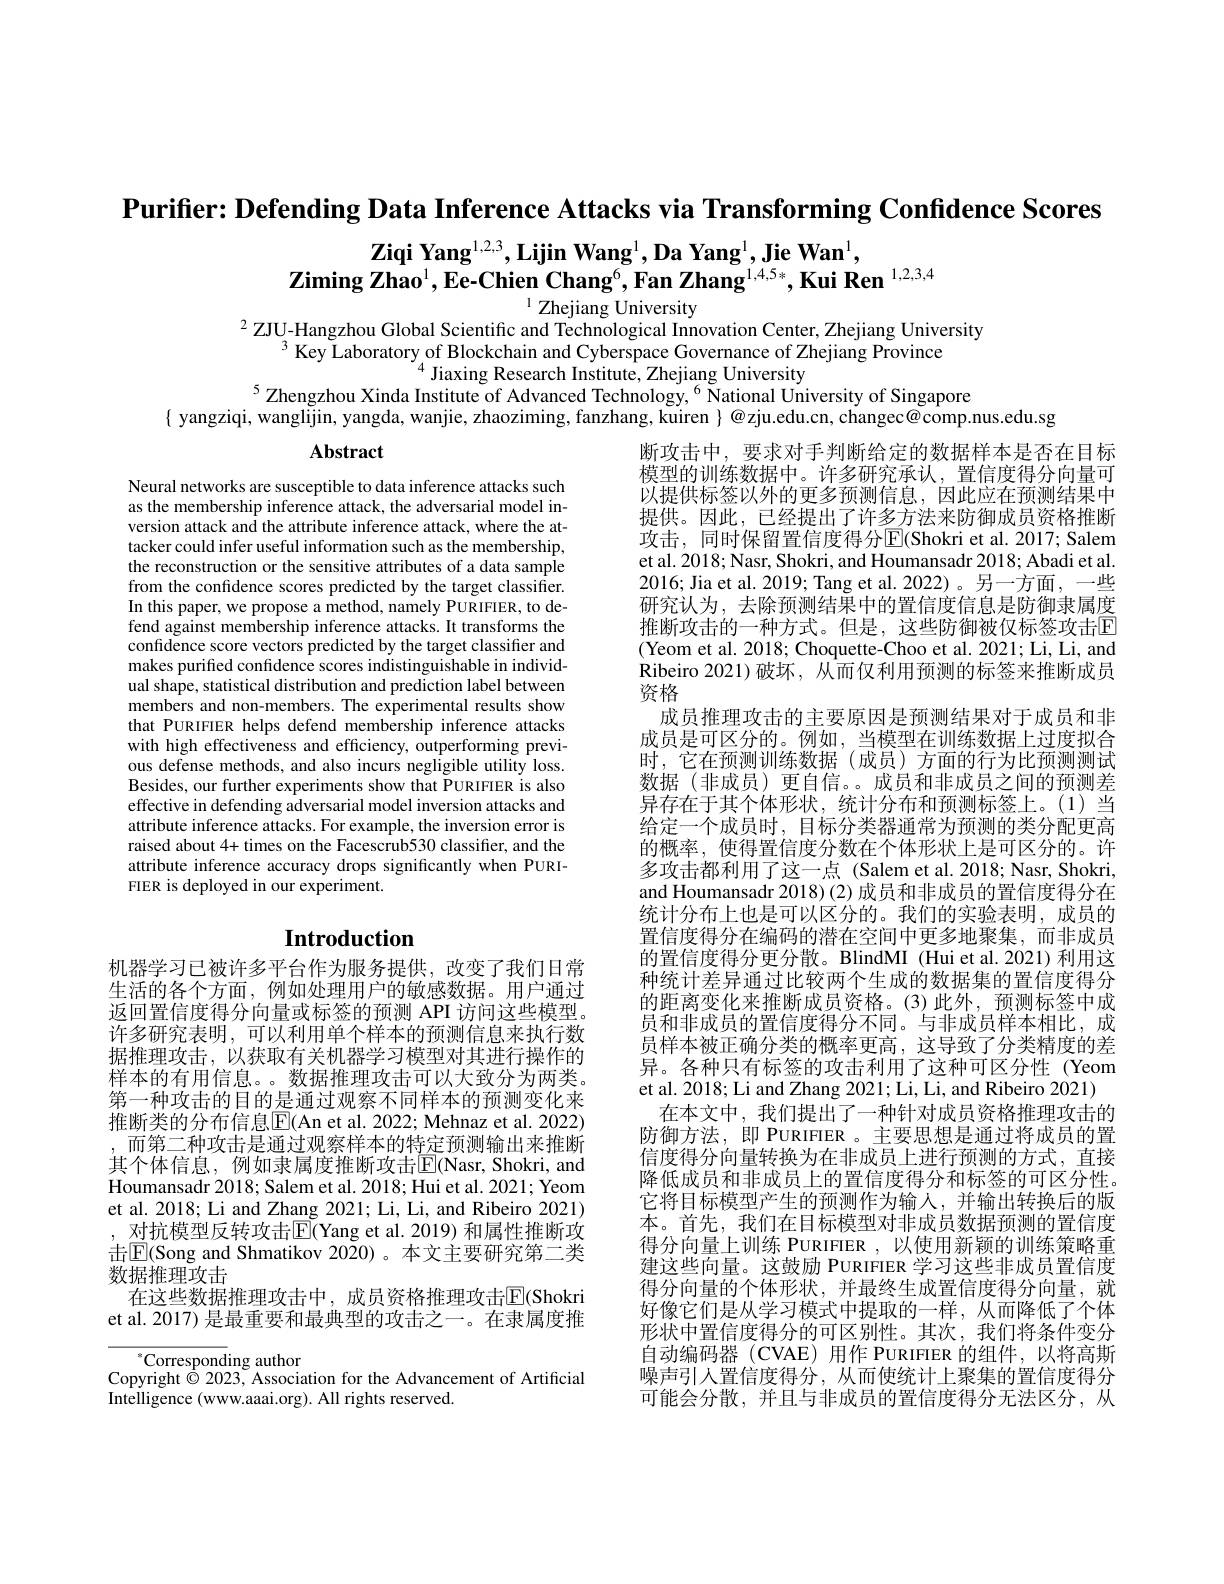
Purifier: Defending Data Inference Attacks via Transforming Confidence Scores

$\textbf{Ziqi Yang}^{1,2,3},\textbf{Lijin Wang}^{1},\textbf{Da Yang}^{1},\textbf{Jie Wan}^{1}$,
$\mathbf{Z} \textbf{iming Zhao}^1, \mathbf{Ee- Chien~Chang}^6, \mathbf{Fan~Zhang}^{1, 4, 5* }, \mathbf{Kui~Ren~}^{1, 2, 3, 4}$
# $^{1}$ Zhejiang University

$^{2}$ ZJU-Hangzhou Global Scientific and Technological Innovation Center, Zhejiang University
$^{3}$ Key Laboratory of Blockchain and Cyberspace Governance of Zhejiang Province
$^{4}$ Jiaxing Research Institute, Zhejiang University
$^{5}$Zhengzhou Xinda Institute of Advanced Technology, $^{6}$ National University of Singapore
$\{$ yangziqi, wanglijin, yangda, wanjie, zhaoziming, fanzhang, kuiren $\}@$zju.edu.cn, changec@comp.nus.edu.sg

# Abstract

Neural networks are susceptible to data inference attacks such as the membership inference attack, the adversarial model inversion attack and the attribute inference attack, where the attacker could infer useful information such as the membership, the reconstruction or the sensitive attributes of a data sample from the confidence scores predicted by the target classifier. In this paper, we propose a method, namely PURIFIER, to defend against membership inference attacks. It transforms the confidence score vectors predicted by the target classifier and makes purified confidence scores indistinguishable in individual shape, statistical distribution and prediction label between members and non-members. The experimental results show that PURIFIER helps defend membership inference attacks with high effectiveness and efficiency, outperforming previous defense methods, and also incurs negligible utility loss. Besides, our further experiments show that PURIFIER is also effective in defending adversarial model inversion attacks and attribute inference attacks. For example, the inversion error is raised about 4+ times on the Facescrub530 classifier, and the attribute inference accuracy drops significantly when PURIFIER is deployed in our experiment.

断攻击中，要求对手判断给定的数据样本是否在目标模型的训练数据中。许多研究承认，置信度得分向量可以提供标签以外的更多预测信息，因此应在预测结果中提供。因此，已经提出了许多方法来防御成员资格推断攻击，同时保留置信度得分$\operatorname{E}($Shokri et al.2017; Salem et al. 2018; Nasr, Shokri, and Houmansadr 2018; Abadi et al. 2016; Jia et al. 2019; Tang et al. 2022)。另一方面，一些研究认为，去除预测结果中的置信度信息是防御隶属度推断攻击的一种方式。但是，这些防御被仅标签攻击E (Yeom et al. 2018; Choquette-Choo et al. 2021; Li, Li, and Ribeiro 2021)破坏，从而仅利用预测的标签来推断成员资格
成员推理攻击的主要原因是预测结果对于成员和非成员是可区分的。例如，当模型在训练数据上过度拟合时，它在预测训练数据(成员)方面的行为比预测测试数据(非成员)更自信。。成员和非成员之间的预测差异存在于其个体形状，统计分布和预测标签上。(1)当给定一个成员时，目标分类器通常为预测的类分配更高的概率，使得置信度分数在个体形状上是可区分的。许多攻击都利用了这一点 (Salem et al. 2018; Nasr, Shokri, and Houmansadr 2018)(2)成员和非成员的置信度得分在统计分布上也是可以区分的。我们的实验表明，成员的置信度得分在编码的潜在空间中更多地聚集，而非成员的置信度得分更分散。BlindMI (Hui et al. 2021) 利用这种统计差异通过比较两个生成的数据集的置信度得分的距离变化来推断成员资格。(3)此外，预测标签中成员和非成员的置信度得分不同。与非成员样本相比，成员样本被正确分类的概率更高，这导致了分类精度的差异。各种只有标签的攻击利用了这种可区分性(Yeom et al. 2018; Li and Zhang 2021; Li, Li, and Ribeiro 2021)
在本文中，我们提出了一种针对成员资格推理攻击的防御方法，即 PURIFIER 。主要思想是通过将成员的置信度得分向量转换为在非成员上进行预测的方式，直接降低成员和非成员上的置信度得分和标签的可区分性。它将目标模型产生的预测作为输人，并输出转换后的版本。首先，我们在目标模型对非成员数据预测的置信度得分向量上训练 PURIFIER , 以使用新颖的训练策略重建这些向量。这鼓励 PURIFIER 学习这些非成员置信度得分向量的个体形状，并最终生成置信度得分向量，就好像它们是从学习模式中提取的一样，从而降低了个体形状中置信度得分的可区别性。其次，我们将条件变分自动编码器 (CVAE)用作 PURIFIER 的组件，以将高斯噪声引人置信度得分，从而使统计上聚集的置信度得分可能会分散，并且与非成员的置信度得分无法区分，从

# Introduction

机器学习已被许多平台作为服务提供，改变了我们日常生活的各个方面，例如处理用户的敏感数据。用户通过返回置信度得分向量或标签的预测 API 访问这些模型。许多研究表明，可以利用单个样本的预测信息来执行数据推理攻击，以获取有关机器学习模型对其进行操作的样本的有用信息。。数据推理攻击可以大致分为两类。第一种攻击的目的是通过观察不同样本的预测变化来推断类的分布信息$\overline{\mathrm{E}}($An et al. 2022; Mehnaz et al. 2022) ,而第二种攻击是通过观察样本的特定预测输出来推断其个体信息，例如隶属度推断攻击$\operatorname{E}($Nasr, Shokri, and Houmansadr 2018; Salem et al. 2018; Hui et al. 2021; Yeom et al. 2018; Li and Zhang 2021; Li, Li, and Ribeiro 2021) 对抗模型反转攻击$\operatorname{E}($Yang et al. 2019) 和属性推断攻击$\mathbb{E}($Song and Shmatikov 2020)。本文主要研究第二类数据推理攻击
在这些数据推理攻击中，成员资格推理攻击$\overline{\mathrm{E}}($Shokri et al. 2017) 是最重要和最典型的攻击之一。在隶属度推

$^{*}$Corresponding author
Copyright $\dot{\odot}$ 2023, Association for the Advancement of Artificial
Intelligence (www.aaai.org). All rights reserved.